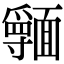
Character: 𩉃